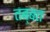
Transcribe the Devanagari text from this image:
तब्बत